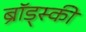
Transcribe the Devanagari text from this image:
ब्रॉड्स्की